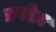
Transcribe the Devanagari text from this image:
प्रपोज़